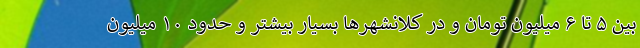
بین ۵ تا ۶ میلیون تومان و در کلانشهرها بسیار بیشتر و حدود ۱۰ میلیون